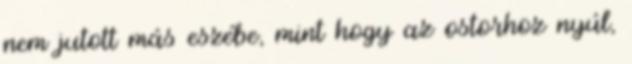
nem jutott más eszébe, mint hogy az ostorhoz nyúl,